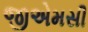
જીએમસી